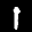
Label: 1